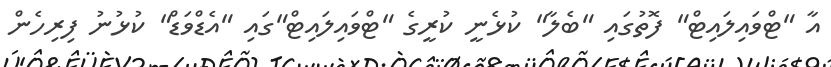
އާ "ޓްވައިލައިޓް" ފޮތުގައި "ބެލާ" ކުޅެނީ ކުރީގެ "ޓްވައިލައިޓް"ގައި "އެޑްވަޑް" ކުޅުނު ފިރިހެން